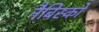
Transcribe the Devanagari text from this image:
नैबिस्को